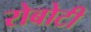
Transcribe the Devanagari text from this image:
रोबोटी